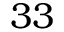
3 3